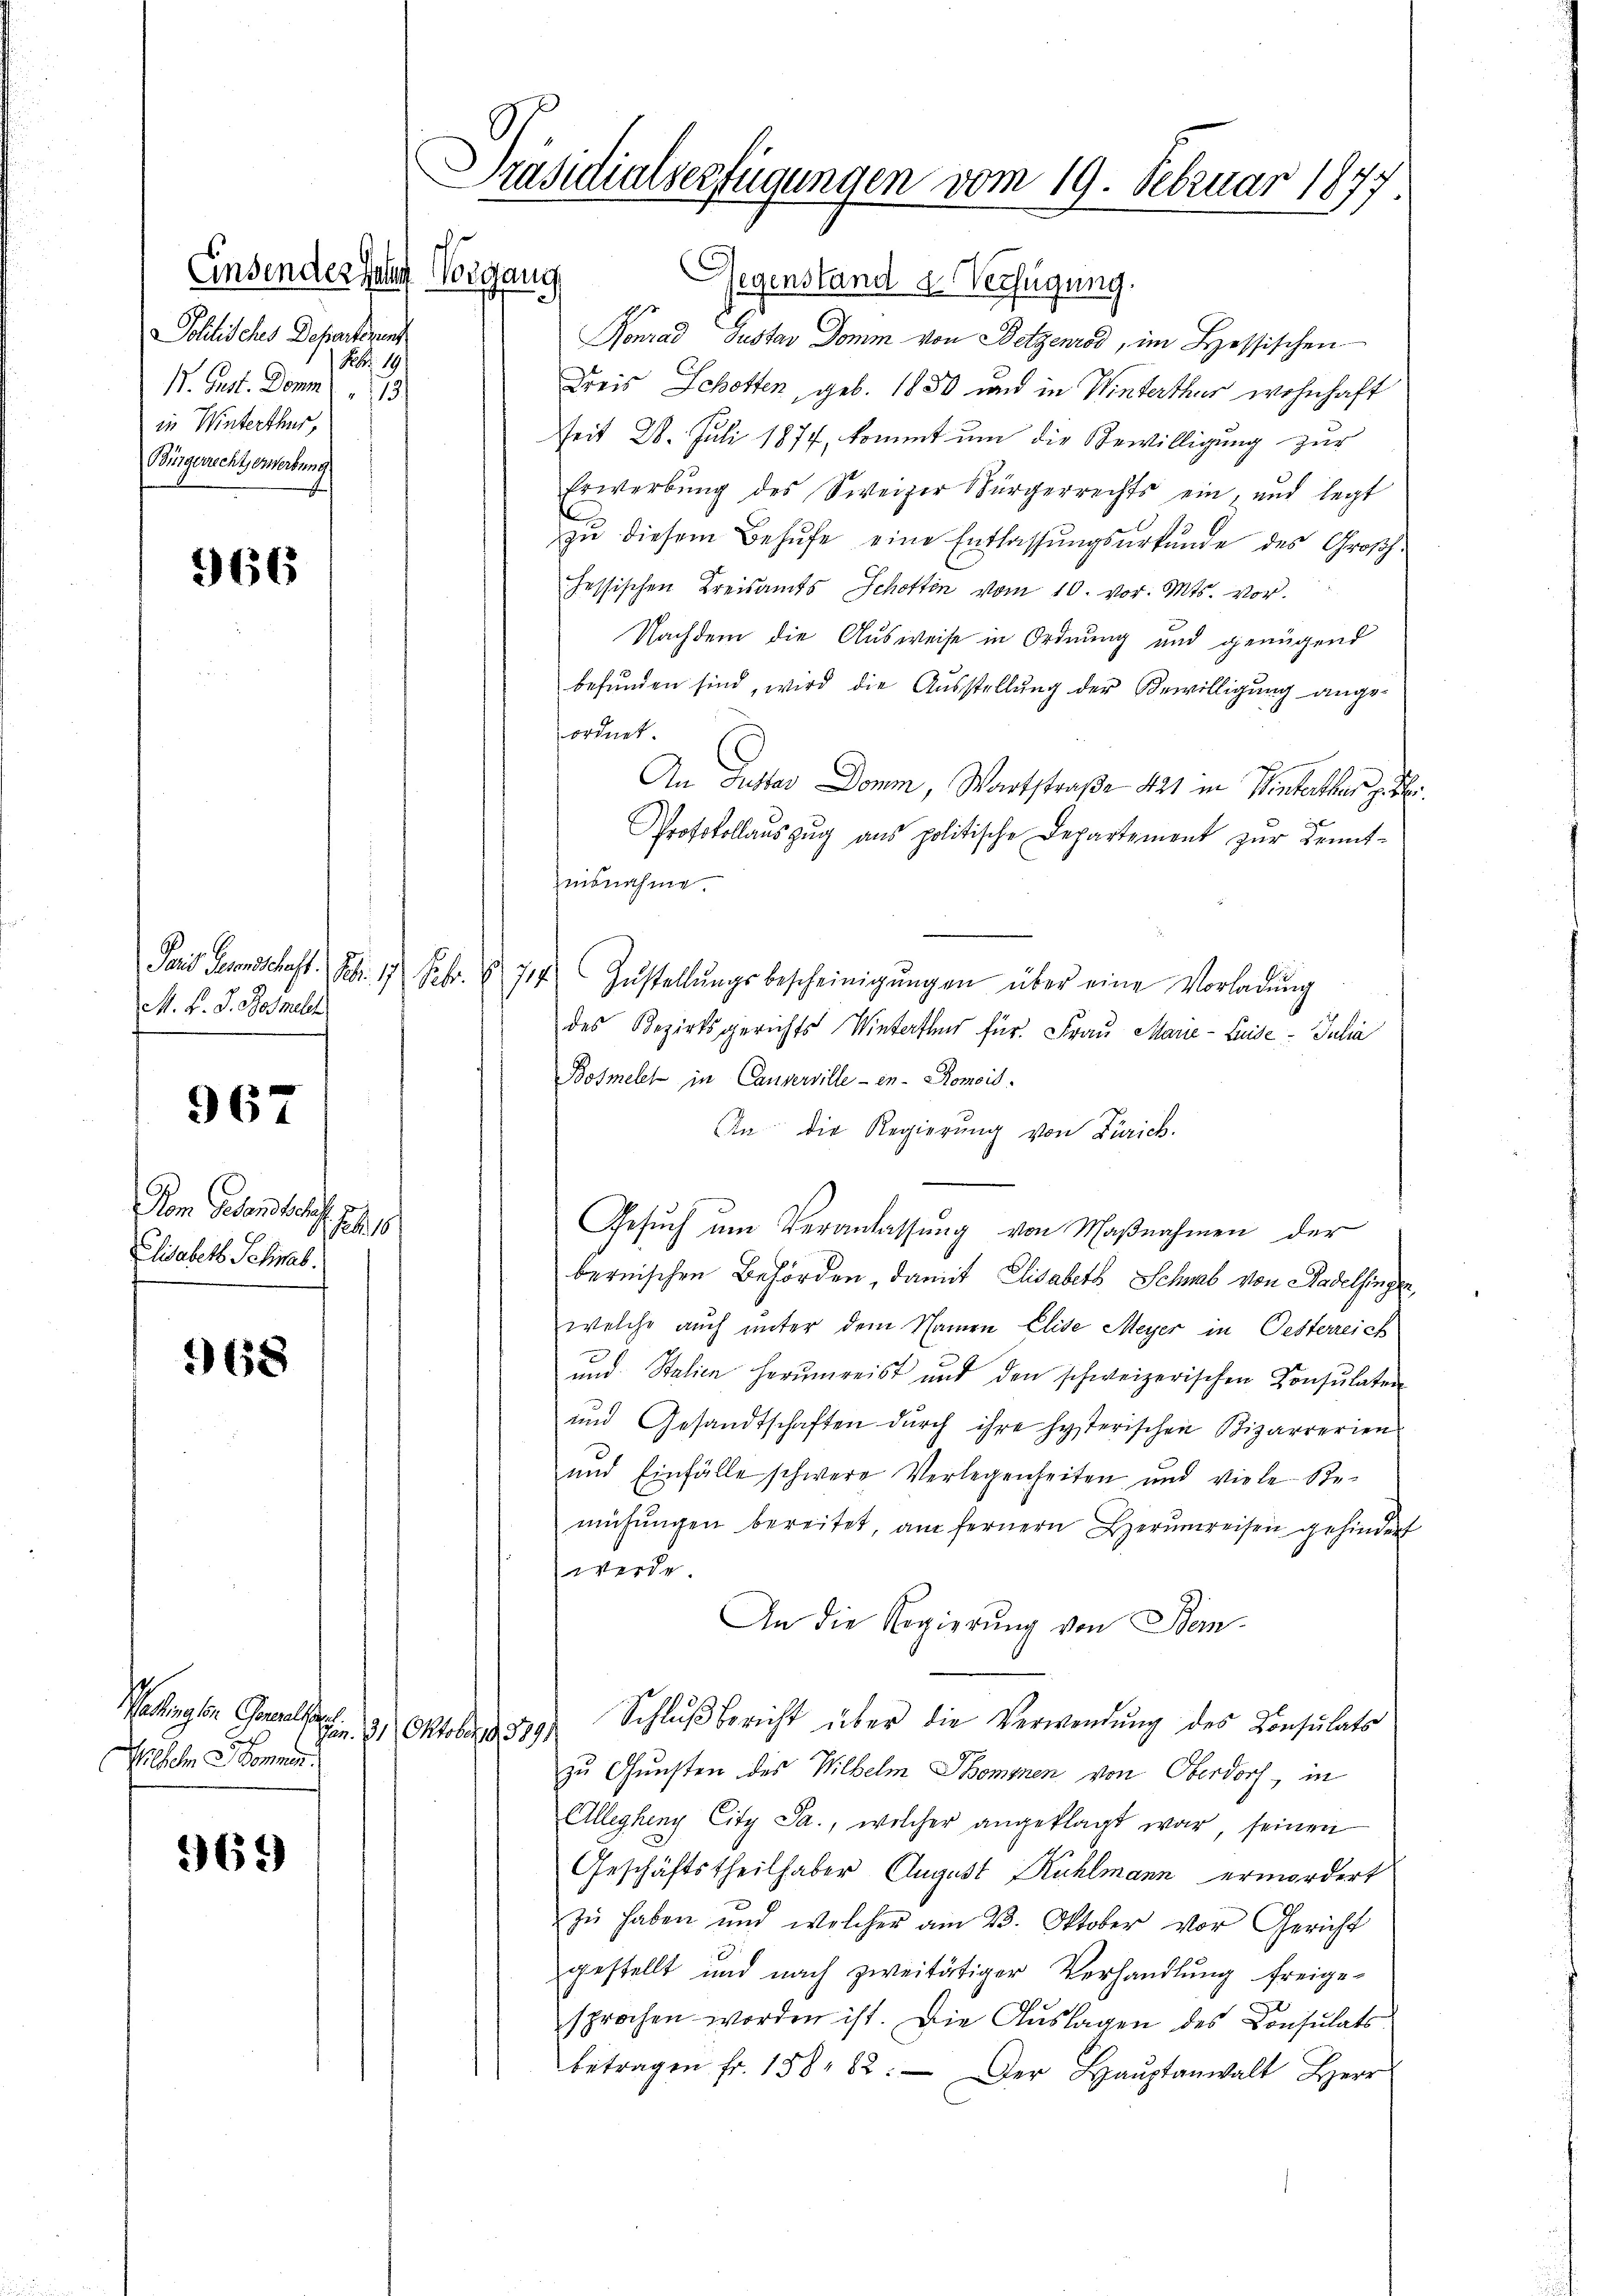
Einsender Jahr Vorgang
Politisches Departement
No. 19
V. Pest. Domm " 13
in Winterthur,
Bürgerrecht erwerbung

966

M. F. J. Bosmelh

967

Dem Peten diese
1. Feb. 18
Elisabeth Schwab

368

Mallung von Golseel.
Wilhelm Sommen
969

Präsidialverfügungen vom 19. Februar 1891

Gegenstand a. Verfügung.
Konrad Gustav Domm von Botzenrod, im Lessischen
Dreis Schotten, geb. 1850 und in Winterthur wohnhaft
seit 28. Juli 1877, kommt um die Bewilligung zur
Erwerbung des Sweizer Bürgerrechts ein- und legt
zu diesem Behufe eine Entlassungsurkunde des Großh.
fessischen Kreisamts Schottin vom 10. vor. Mts. vor.
Nachdem die Ausweise in Ordnung und genügend
befŭnden sind, wird die Ausstellung der Bewilligung angeordnet.
An Puster Domm, Wartstraße 421 in Winterthur geste
Protokollauszug aus politische Departement zur Kennt-
isnahme.
Paris Gesenschaft. Febr. 17. Febr. 1717) Zŭstellŭngsbescheinigŭngen über eine Vorladŭng
des Bezirksgerichts Winterth für Frau Marie - Luise- Julia
Bosmelet in Cauverville - in Romois.
An die Regierung von Zürich.
Gesŭch ŭm Veranlassŭng von Maβnahmen der
bernischen Behörden, damit Elisabeth Schwab von Stadelsinger,
welche auch unter dem Namen Elise Meyer in Oesterreich
und Stalien herumreist und den schweizerischen Konsulaten
und Gesandtschaften durch ihre hysterischen Bizarrerien
und Einfälle schwere Verlegenheiten und viele Stemühŭngen bereitet, am fernern Herumreisen gehindert
werde.
An die Regierung von Stem¬
Schlŭβbericht über die Verwendung des Consulats
Jan. 131. Oktober 1891
zu Gunsten des Wilhelm Dominen von Oberdorf, in
Allegheny City Ja., welcher angeklagt war, seinen
Geschäftstheilhaber August Kühlmann ermordert
zŭ haben und welcher am 23. Oktober vor Gericht
gestellt und nach zweitätiger Verhandlung freige-
sprochen worden ist. Die Aŭslagen des Consulats
betragen fr. 158. 82. Der Haŭptanwalt Herr